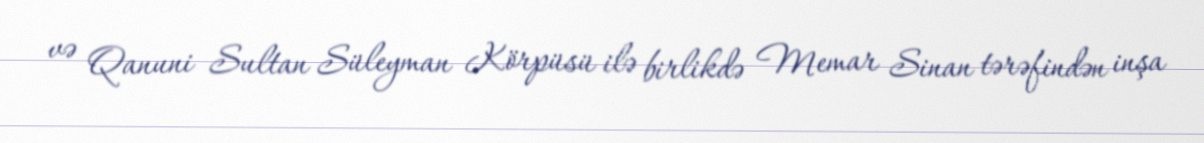
və Qanuni Sultan Süleyman Körpüsü ilə birlikdə Memar Sinan tərəfindən inşa